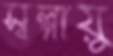
স্বল্পায়ু